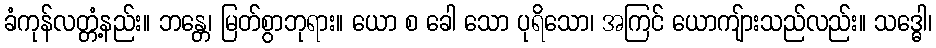
ခံကုန်လတ္တံ့နည်း။ ဘန္တေ၊ မြတ်စွာဘုရား။ ယော စ ခေါ သော ပုရိသော၊ အကြင် ယောကျ်ားသည်လည်း။ သဒ္ဓေါ၊